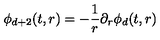
\phi _ { d + 2 } ( t , r ) = - \frac { 1 } { r } \partial _ { r } \phi _ { d } ( t , r )